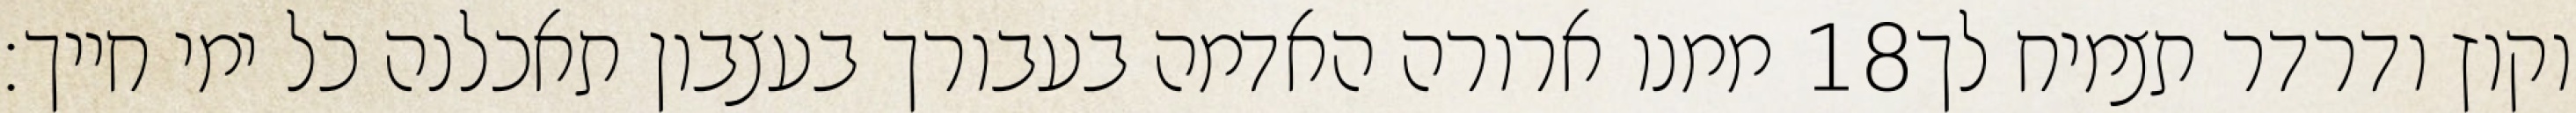
ממנו ארורה האדמה בעבורך בעצבון תאכלנה כל ימי חייך׃ ‎18‏ וקוץ ודרדר תצמיח לך